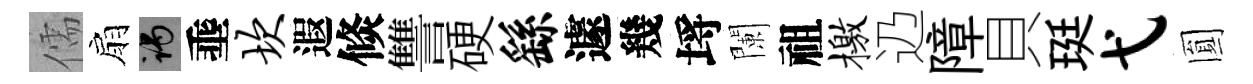
儒扇谒埀坎遐倐讐硬繇遽幾埓闌祖檄辸障貝珽弋圎